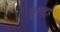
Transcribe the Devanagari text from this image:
चूल्हो